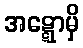
အဋ္ဋောမှိ